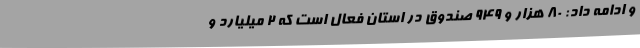
و ادامه داد: 80 هزار و 949 صندوق در استان فعال است که 2 میلیارد و